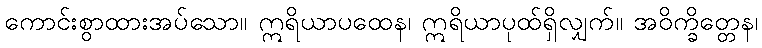
ကောင်းစွာထားအပ်သော။ ဣရိယာပထေန၊ ဣရိယာပုထ်ရှိလျှက်။ အဝိက္ခိတ္တေန၊